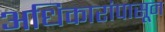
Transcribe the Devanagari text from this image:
अधिकारांपासून